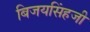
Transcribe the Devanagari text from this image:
बिजयसिंहजी